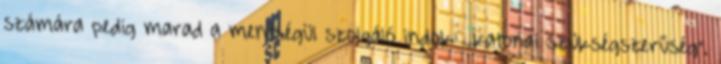
számára pedig marad a mentségül szolgáló indok: „katonai szükségszerűség”.